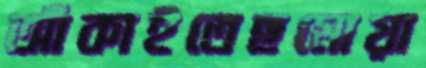
আঁকাইতেছমোয়া